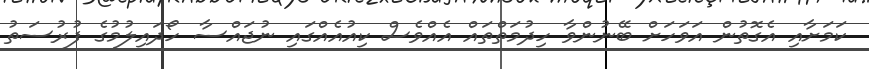
ކަމަށާއި އެގޮތުން އަވަހަށް ބޭނުންވާ ހިދުމަތްތައް އެއްވެސް ކިއުއެއްގައި ނުޖައްސާ ހޯދައިލުމުގެ ފުރުސަތު